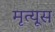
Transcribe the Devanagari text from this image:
मृत्यूस